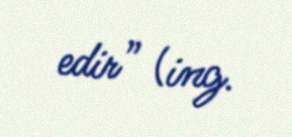
edir” (ing.